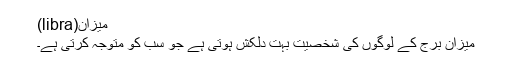
میزان(libra)
میزان برج کے لوگوں کی شخصیت بہت دلکش ہوتی ہے جو سب کو متوجہ کرتی ہے۔